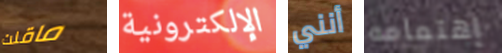
ماقلت الإلكترونية أنني إهتمامه